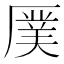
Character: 𪠖